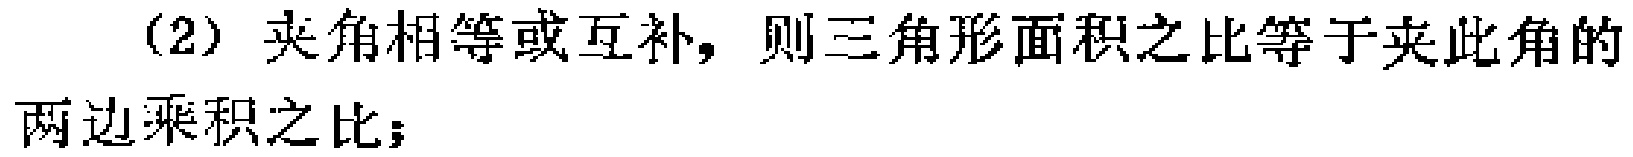
(2) 夹角相等或互补，则三角形面积之比等于夹此角的两边乘积之比；